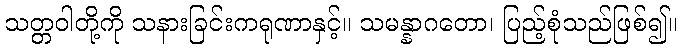
သတ္တဝါတို့ကို သနားခြင်းကရုဏာနှင့်။ သမန္နာဂတော၊ ပြည့်စုံသည်ဖြစ်၍။